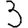
Digit: 3